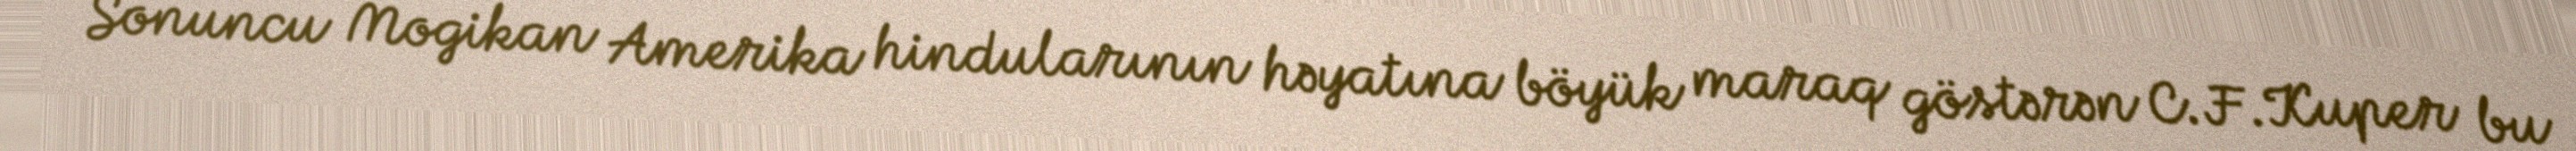
Sonuncu Mogikan Amerika hindularının həyatına böyük maraq göstərən C.F.Kuper bu